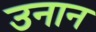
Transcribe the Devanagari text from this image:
उनान